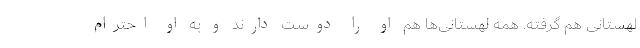
لهستانی هم گرفته. همه لهستانی‌ها هم او را دوست دارند و به او احترام